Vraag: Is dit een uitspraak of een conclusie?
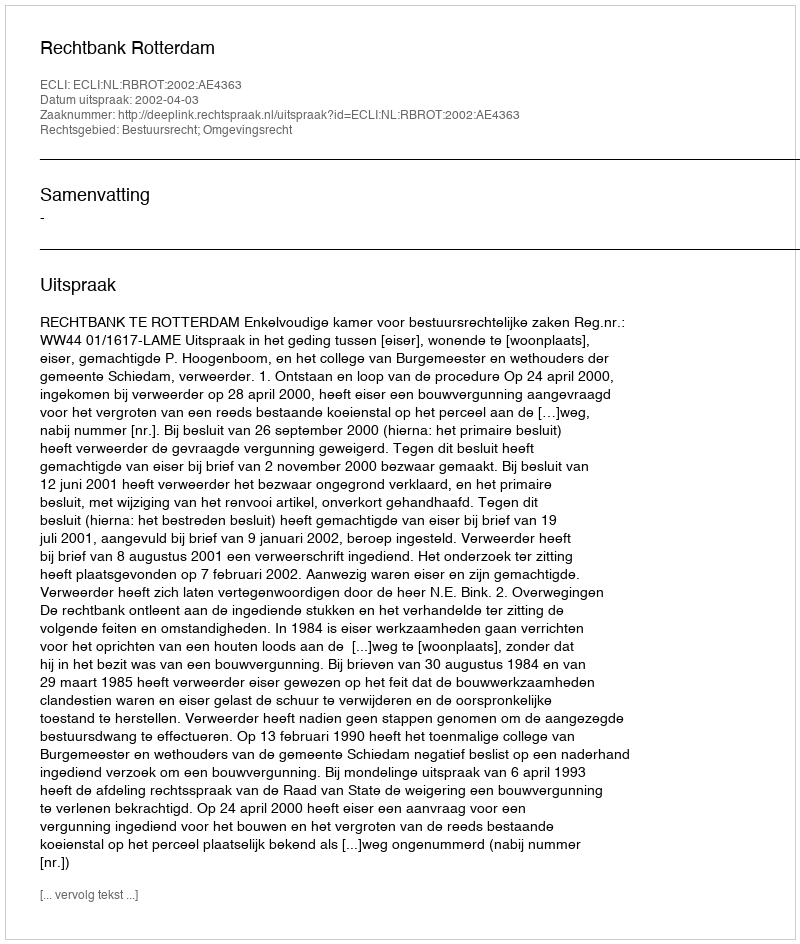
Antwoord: Uitspraak